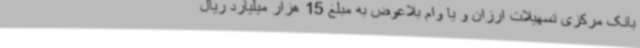
بانک مرکزی تسهیلات ارزان و یا وام بلاعوض به مبلغ 15 هزار میلیارد ریال